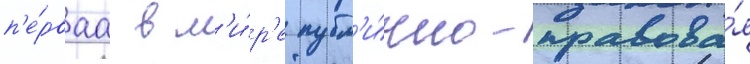
п'е́рваа в м'и́р'е публ'и́чно-правова́я